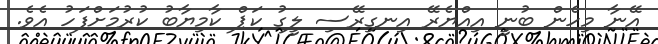
އޭނާ މިހެން ބުނީ އިއްޔެރޭ އިނގިރޭސި ލީގު ކަޕް ކާމިޔާބު ކުރުމަށްފަހު އެވެ.